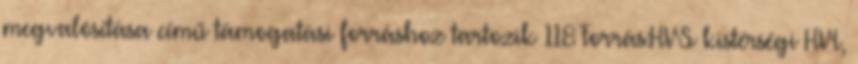
megvalósítása című támogatási forráshoz tartozik 118 Forrás:HVS kistérségi HVI,